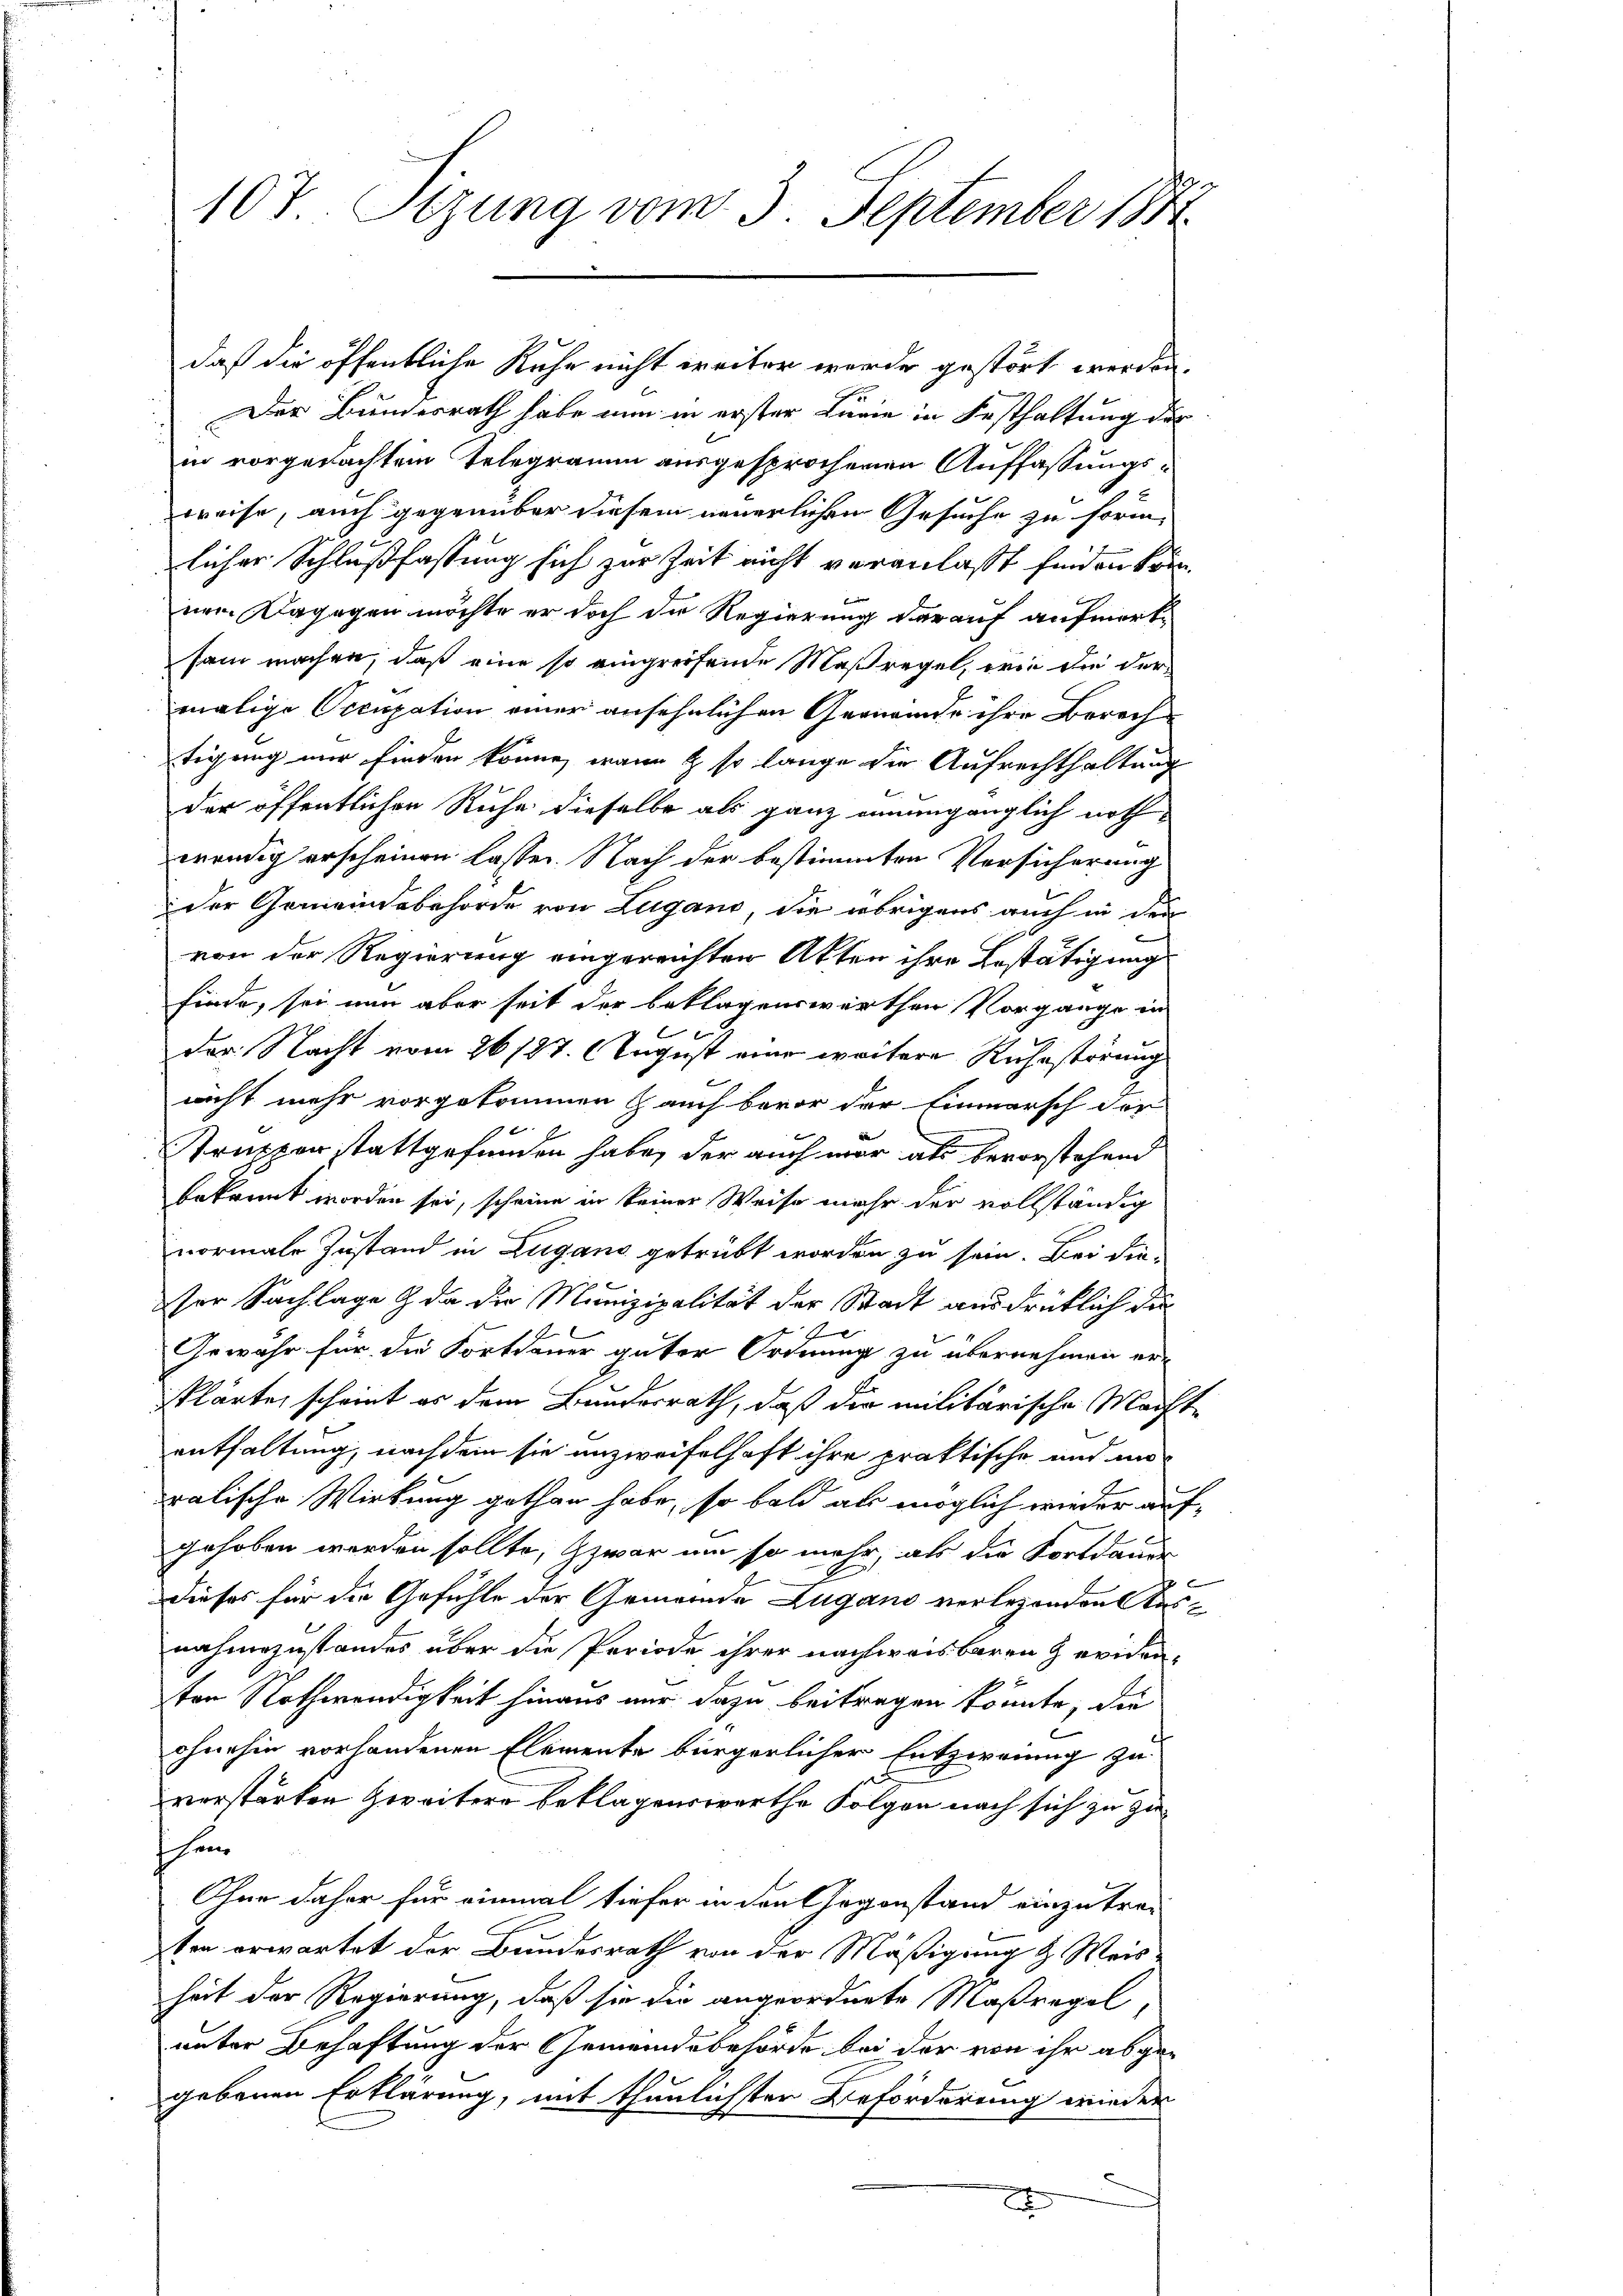
Der Bundesrath habe nun in erster Linie in Festhaltung der
in vorgedachtem Telegramm ausgesprochenen Auffassungs¬
E
weise, auch gegenüber diesem neuerlichen Gesuche zu form-
licher Schlußfassung sich zur Zeit nicht veranlaßt finden könn
nem Dagegen möchte er doch die Regierung darauf aufmerksam machen, daß eine so eingreifende Maßregel, wie die der-
malige Occupation einer ansehnlichen Gemeinde ihre Berech
tigung mir finden könne, wann & so lange die Aufrechthaltung
der öffentlichen Ruhe dieselbe als ganz annungänglich noth
wendig erscheinen lassen. Nach der bestimmten Versicherung
der Gemeindebehörde von Lugano, die übrigens auch in der
x
von der Regierung eingereichten Akten ihre Bestätigung
finde, sei nun aber seit der beklagenswerthen Vorgange in
der Nacht vom 26/27. August eine weitere Ruhestörung
nicht mehr vorgekommen & auch bevor der Einmarsch der
 x
Trupper Stattgefunden habe, der auch war als bevorstehend
bekannt worden sei, scheine in keiner Weise mehr der vollständig
vormale Zustand in Zugano getrübt worden zu sein. Bei die-
2
ser Sachlage & da die Munizipalität der Stadt ausdrücklich die

Gewahr für die Fortdauer guter Ordnung zu übernehmen er-
klärte, scheint es dem Bundesrath, daß die militärische Machtenthaltung, nachdem sie unzweifelhaft ihre praktische und moralische Wirkung gethan habe, so bald als möglich wieder aufgehoben werden sollte, zwar um so mehr, als die Fortdauer
dieses für die Gefühle der Gemeinde Zugano verlegenden Ausnahmezustandes über die Periode ihrer nachweisbaren & evidenten Nothwendigkeit hinaus nur dazu beitragen könnte, die
ohnehin vorhandenen Elemente bürgerlicher Entzweiung zu
verstärken Zweitere beklagenswerthe Folgen nach sich zu ziethen
Ohne daher für einmal tiefer in den Gegenstand einzutra-
ben erwartet der Bundesrath von der Mäßigung & Weis-
heit der Regierung, daß sie die angeordnete Maßregel,
unter Behaftung der Gemeindsbehörde bei der von ihr abgegebenen Erklärung, mit thunlichster Beförderung wieder
xx

107. Sizung vom 3. September 1848

daß die öffentliche Ruhe nicht weiter werde gestört werden.